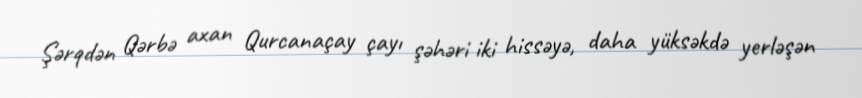
Şərqdən Qərbə axan Qurcanaçay çayı şəhəri iki hissəyə, daha yüksəkdə yerləşən